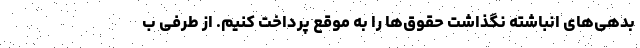
بدهی‌های انباشته نگذاشت حقوق‌ها را به موقع پرداخت کنیم. از طرفی ب